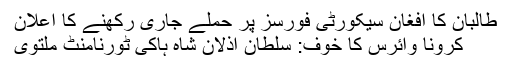
طالبان کا افغان سیکورٹی فورسز پر حملے جاری رکھنے کا اعلان
کرونا وائرس کا خوف: سلطان اذلان شاہ ہاکی ٹورنامنٹ ملتوی